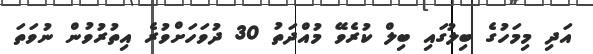
އަދި މިމަހުގެ ބިލުގައި ބިލް ކުރެވޭ މުއްދަތު 30 ދުވަހަށްވުރެ އިތުރުވުން ނުވަތަ